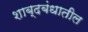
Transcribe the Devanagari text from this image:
शाब्दबंधातील